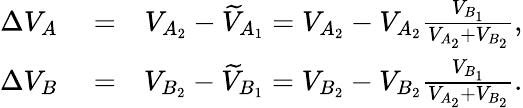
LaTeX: \begin{array}{rlr}{\Delta{V}_{A}}&{{}=}&{{V}_{A_{2}}-\widetilde{V}_{A_{1}}={V}_{A_{2}}-{V}_{A_{2}}\frac{V_{B_{1}}}{{V}_{A_{2}}+{V}_{B_{2}}},}\\ {\Delta{V}_{B}}&{{}=}&{{V}_{B_{2}}-\widetilde{V}_{B_{1}}={V}_{B_{2}}-{V}_{B_{2}}\frac{V_{B_{1}}}{{V}_{A_{2}}+{V}_{B_{2}}}.}\end{array}